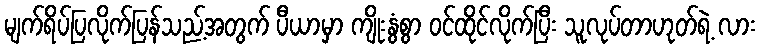
မျက်ရိပ်ပြလိုက်ပြန်သည့်အတွက် ပီယာမှာ ကျိုးနွံစွာ ဝင်ထိုင်လိုက်ပြီး သူလုပ်တာဟုတ်ရဲ့ လား